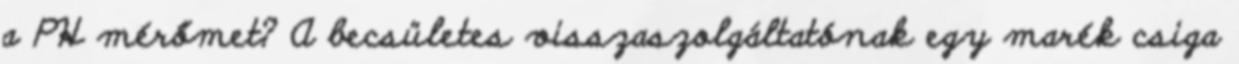
a PH mérőmet? A becsületes visszaszolgáltatónak egy marék csiga